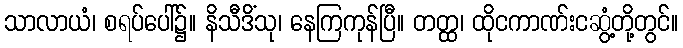
သာလာယံ၊ စရပ်ပေါ်၌။ နိသီဒိံသု၊ နေကြကုန်ပြီ။ တတ္ထ၊ ထိုငကာဏ်းငဆွံ့တို့တွင်။